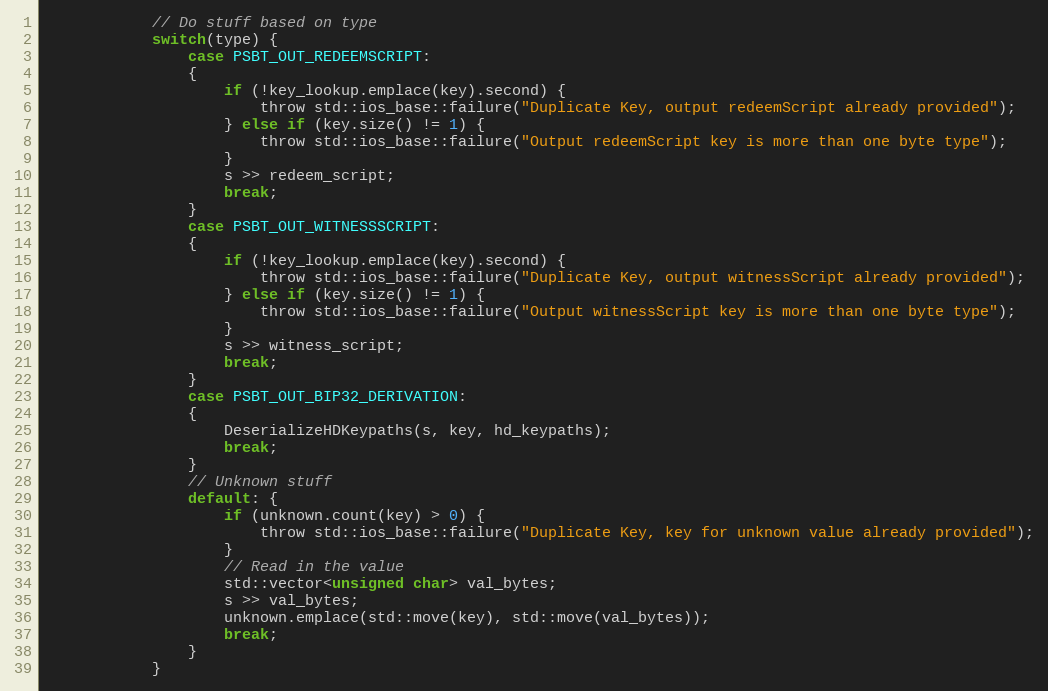
Language: C
            // Do stuff based on type
            switch(type) {
                case PSBT_OUT_REDEEMSCRIPT:
                {
                    if (!key_lookup.emplace(key).second) {
                        throw std::ios_base::failure("Duplicate Key, output redeemScript already provided");
                    } else if (key.size() != 1) {
                        throw std::ios_base::failure("Output redeemScript key is more than one byte type");
                    }
                    s >> redeem_script;
                    break;
                }
                case PSBT_OUT_WITNESSSCRIPT:
                {
                    if (!key_lookup.emplace(key).second) {
                        throw std::ios_base::failure("Duplicate Key, output witnessScript already provided");
                    } else if (key.size() != 1) {
                        throw std::ios_base::failure("Output witnessScript key is more than one byte type");
                    }
                    s >> witness_script;
                    break;
                }
                case PSBT_OUT_BIP32_DERIVATION:
                {
                    DeserializeHDKeypaths(s, key, hd_keypaths);
                    break;
                }
                // Unknown stuff
                default: {
                    if (unknown.count(key) > 0) {
                        throw std::ios_base::failure("Duplicate Key, key for unknown value already provided");
                    }
                    // Read in the value
                    std::vector<unsigned char> val_bytes;
                    s >> val_bytes;
                    unknown.emplace(std::move(key), std::move(val_bytes));
                    break;
                }
            }